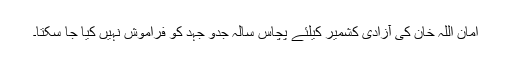
امان اللہ خان کی آزادی کشمیر کیلئے پچاس سالہ جدو جہد کو فراموش نہیں کیا جا سکتا۔